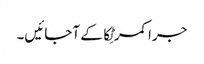
جرا کمر ٹِکا کے آجائیں۔